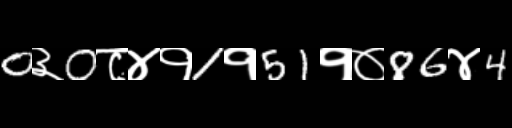
Text: 0३0८४१1१51१०86४4